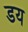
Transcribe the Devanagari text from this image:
डय